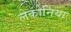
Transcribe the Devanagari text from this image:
लेकोनिया